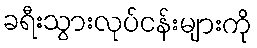
ခရီးသွားလုပ်ငန်းများကို